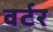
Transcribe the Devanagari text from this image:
वर्टर